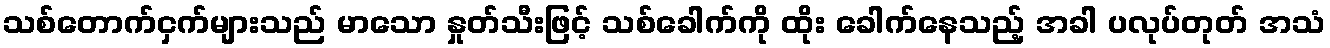
သစ်တောက်ငှက်များသည် မာသော နှုတ်သီးဖြင့် သစ်ခေါက်ကို ထိုး ခေါက်နေသည့် အခါ ပလုပ်တုတ် အသံ